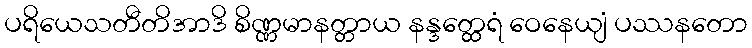
ပရိယေသတီတိအာဒိ စိဏ္ဏမာနတ္တာယ နန္ဒတ္ထေရံ ဝေနေယျံ ပဿနတော